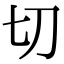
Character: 切